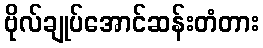
ဗိုလ်ချုပ်အောင်ဆန်းတံတား